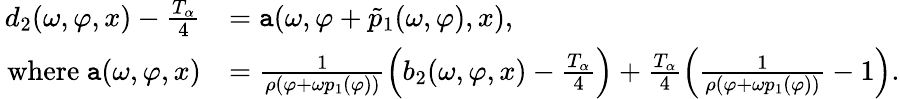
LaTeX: \begin{array}{rl}{d_{2}(\omega,\varphi,x)-\frac{T_{\alpha}}4}&{=\mathtt{a}(\omega,\varphi+\tilde{p}_{1}(\omega,\varphi),x),}\\ {\mathrm{~where~}\mathtt{a}(\omega,\varphi,x)}&{=\frac{1}{\rho(\varphi+\omega p_{1}(\varphi))}\left(b_{2}(\omega,\varphi,x)-\frac{T_{\alpha}}4\right)+\frac{T_{\alpha}}4\left(\frac{1}{\rho(\varphi+\omega p_{1}(\varphi))}-1\right).}\end{array}